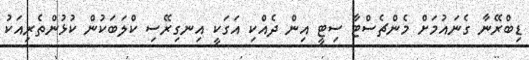
ޑިބްރޭނާ ގެނައުމަށް މެންޗެސްޓާ ސިޓީ އިން ދެއްކި އަގަކީ އިނގިރޭސި ކްލަބަކުން ކުޅުންތެރިއަކު